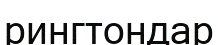
рингтондар